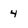
Character: 4